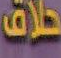
حلاق